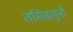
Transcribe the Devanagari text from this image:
तमिऴमुनी